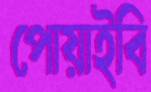
পোয়াইবি